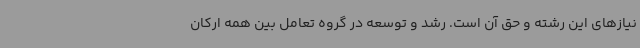
نیازهای این رشته و حق آن است. رشد و توسعه در گروه تعامل بین همه ارکان